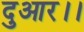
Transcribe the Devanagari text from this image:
दुआर।।